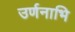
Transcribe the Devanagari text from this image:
उर्णनाभि